Report on the treatment of epidemic cholera: from information collected by the governments of Bengal, Madras, Bombay, N.W. Provinces, Punjab, Oudh, and Central India, by order of the Government of India
Disease focus: Cholera
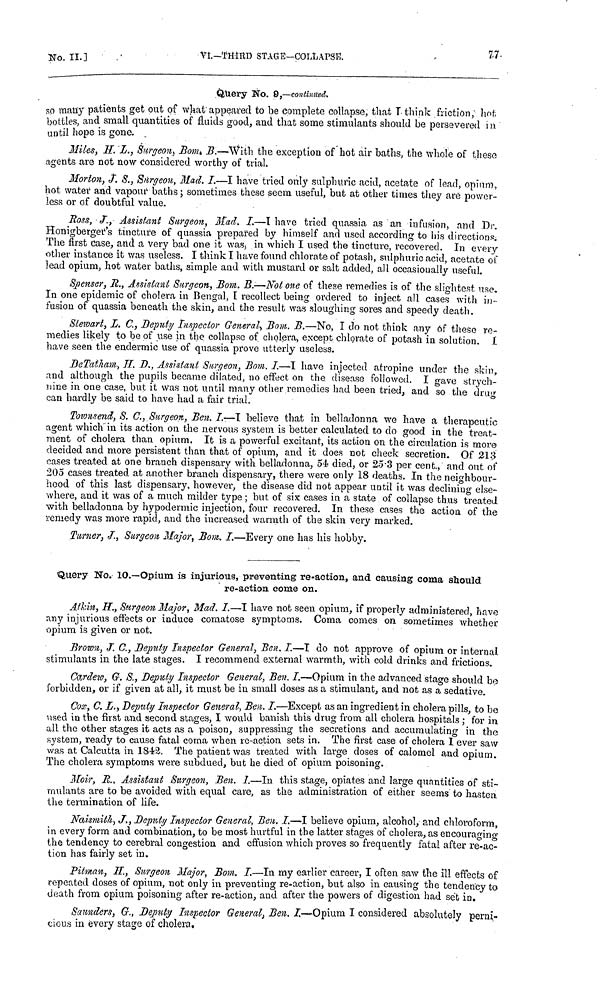
No. II.]
VI.—THIRD
STAGE—COLLAPSE.
77
Query No. 9,—continued,.
so many patients get out of what appeared to be complete collapse, that T· think friction; hot,
bottles, and small quantities of fluids good, and that some stimulants should be persevered m
until hope is gone. .
Miles, H. L., Surgeon, Bom, B.—With the exception of hot air baths, the whole of these
agents are not now Considered worthy of trial.
Morton, J. S., Surgeon, Mad. I.—I have tried only sulphuric acid, acetate of lead, opium,
hot water and vapour baths ; sometimes these seem useful, but at other times they are power-
less or of doubtful value.
Ross, J., Assistant Surgeon, Mad. I.—I have tried quassia as an infusion, and Dr.
Honigberger's tincture of quassia prepared by himself and used according to his directions.
The first Case, and a Very bad one it was, in which I used the tincture, recovered. In every
other instance it was useless. I think I have found chlorate of potash, sulphuric acid, acetate of
lead opium, hot water baths, simple and with mustard or salt added, all occasionally useful.
Spenser, R., Assistant Surgeon, Bom. B.—Not one of these remedies is of the slightest use.
In one epidemic of cholera in Bengal, I recollect being ordered to inject all cases with in-
fusion of quassia beneath the skin, and the result was sloughing sores and speedy death.
Stewart, L. C., Deputy Inspector General, Bom. B.—No, I do not think any of these re-
medies likely to be of use in the collapse of cholera, except chlorate of potash in solution. I
have seen the endermic use of quassia prove utterly useless.
DeTatham, H. D., Assistant Surgeon, Bom. I.—I have injected atropine under the skin,
and although the pupils became dilated, no effect on the disease followed. I gave strych-
nine in one case, but it was not until many other remedies had been tried, and so the drug
can hardly be said to have had a fair trial.
Townsend, S. C., Surgeon, Ben. I.—I believe that in belladonna we have a therapeutic
agent which in its action on the nervous system is better calculated to do good in the treat-
ment of cholera than opium. It is a powerful excitant, its action on the circulation is more
decided and more persistent than that of opium, and it does not check secretion. Of 213
cases treated at one branch dispensary with belladonna, 54 died, or 25.3 per cent., and out of
205 cases treated at another branch dispensary, there were only 18 deaths. In the neighbour-
hood of this last dispensary, however, the disease did not appear until it was declining else-
where, and it was of a much milder type ; but of six cases in a state of collapse thus treated
with belladonna by hypodermic injection, four recovered. In these cases the action of the
remedy was more rapid, and the increased warmth of the skin very marked.
Turner, J., Surgeon Major, Bom. I.—Every one has his hobby.
Query No. 10.—Opium is injurious, preventing re-action, and causing coma should
re-action come on.
Atkin, H., Surgeon Major, Mad. I.—I have not seen opium, if properly administered, have
any injurious effects or induce comatose symptoms. Coma comes on sometimes whether
opium is given or not.
Brown, J. C., Deputy Inspector General, Ben. I—I do not approve of opium or internal
stimulants in the late stages. I recommend external warmth, with cold drinks and frictions.
Cardew, G. S., Deputy Inspector General, Ben. I.—Opium in the advanced stage should be
forbidden, or if given at all, it must be in small doses as a stimulant, and not as a sedative.
Cox, C. L., Deputy Inspector General, Ben. I.—Except as an ingredient in cholera pills, to be
used in the first and second stages, I would banish this drug from all cholera hospitals ; for in
all the other stages it acts as a poison, suppressing the secretions and accumulating in the
system, ready to cause fatal coma when re-action sets in. The first case of cholera I ever saw
was at Calcutta in 1842. The patient was treated with large doses of calomel and opium.
The cholera symptoms were subdued, but he died of opium poisoning.
Moir, R, Assistant Surgeon, Ben. I.—In this stage, opiates and large quantities of sti-
mulants are to be avoided with equal care, as the administration of either seems to hasten
the termination of life.
Naismith, J., Deputy Inspector General, Ben. I.—I believe opium, alcohol, and chloroform,
in every form and combination, to be most hurtful in the latter stages of cholera, as encouraging
the tendency to cerebral congestion and effusion which proves so frequently fatal after re-ac-
tion has fairly set in.
Pitman, H., Surgeon Major, Bom. I.—In my earlier career, I often saw the ill effects of
repeated doses of opium, not only in preventing re-action, but also in causing the tendency to
death from opium poisoning after re-action, and after the powers of digestion had set in.
Saunders, G., Deputy Inspector General, Ben. I.—Opium I considered absolutely perni-
cious in every stage of cholera.